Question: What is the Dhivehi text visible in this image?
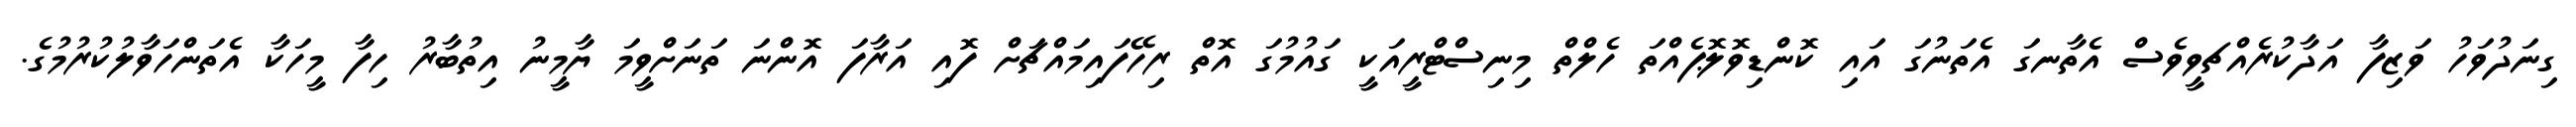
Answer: ގިނަދުވަހު ވަޒިފާ އަދާކުރެއްޗވީވެސް އެތާނގަ އެތަނުގަ އައި ކޮންޑިވޮލޮޕެއްތަ ހެލްތް މިނިސްޓްރީއަކީ ގައުމުގަ އޮތް ރިހޭފައިމައްޗަށް ފޮއި އަރާފަ އޮންނަ ތަނަށްވީމަ ޔާމީނު އިތުބާރު ހިފާ މީހަކާ އެތަންހަވާލުކުރުމުގެ.